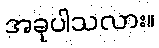
အခုပါသလား။